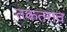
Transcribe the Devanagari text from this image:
तकतराव